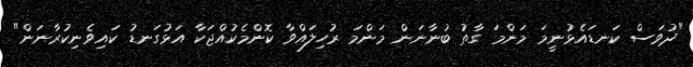
"ދުވަސް ކަނޑައެޅުނީމަ މަންމަ ގާތު ބުނާނަން މަންމަ ރުހިލައްވާ ކޮންމެކުއްޖަކާ އަޅުގަނޑު ކައިވެނިކުރާނަން"